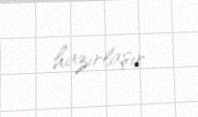
hazırlaşır.